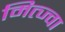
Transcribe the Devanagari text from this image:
मित्ज्वा